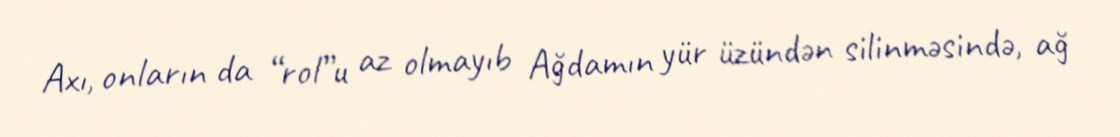
Axı, onların da “rol”u az olmayıb Ağdamın yür üzündən silinməsində, ağ